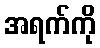
အရက်ကို